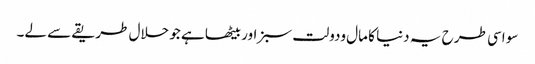
سو اسی طر ح یہ دنیا کا مال ودولت سبز اور بیٹھا ہے جو حلال طریقے سے لے۔